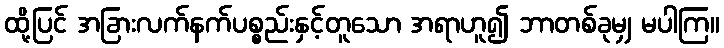
ထို့ပြင် အခြားလက်နက်ပစ္စည်းနှင့်တူသော အရာဟူ၍ ဘာတစ်ခုမျှ မပါကြ။